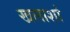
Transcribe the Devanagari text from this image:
खलाशां